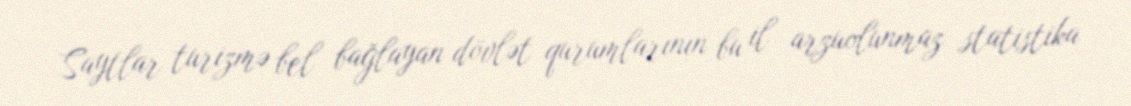
Saytlar turizmə bel bağlayan dövlət qurumlarının bu il arzuolunmaz statistika